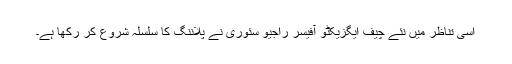
اسی تناظر میں نئے چیف ایگزیکٹو آفیسر راجیو سُئوری نے پلاننگ کا سلسلہ شروع کر رکھا ہے۔